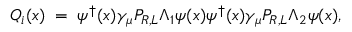
{ \cal Q } _ { i } ( x ) \; = \; \psi ^ { \dagger } ( x ) \gamma _ { \mu } { P } _ { R , L } \Lambda _ { 1 } \psi ( x ) \psi ^ { \dagger } ( x ) \gamma _ { \mu } { P } _ { R , L } \Lambda _ { 2 } \psi ( x ) ,